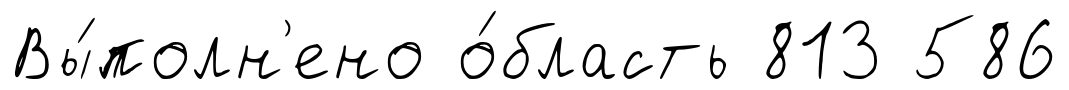
Вы́полн'ено о́бласть 813 586